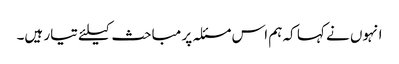
انہوں نے کہا کہ ہم اس مسئلہ پر مباحث کیلئے تیار ہیں۔